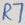
Text: R7